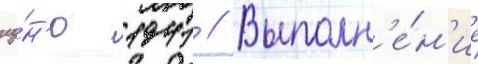
иу́н'ю 1941 // Выполн'е́н'ие